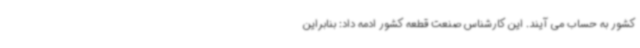
کشور به حساب می آیند. این کارشناس صنعت قطعه کشور ادمه داد: بنابراین